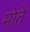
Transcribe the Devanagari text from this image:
मोतें